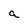
Character: a